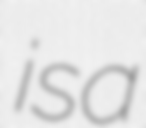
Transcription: is a